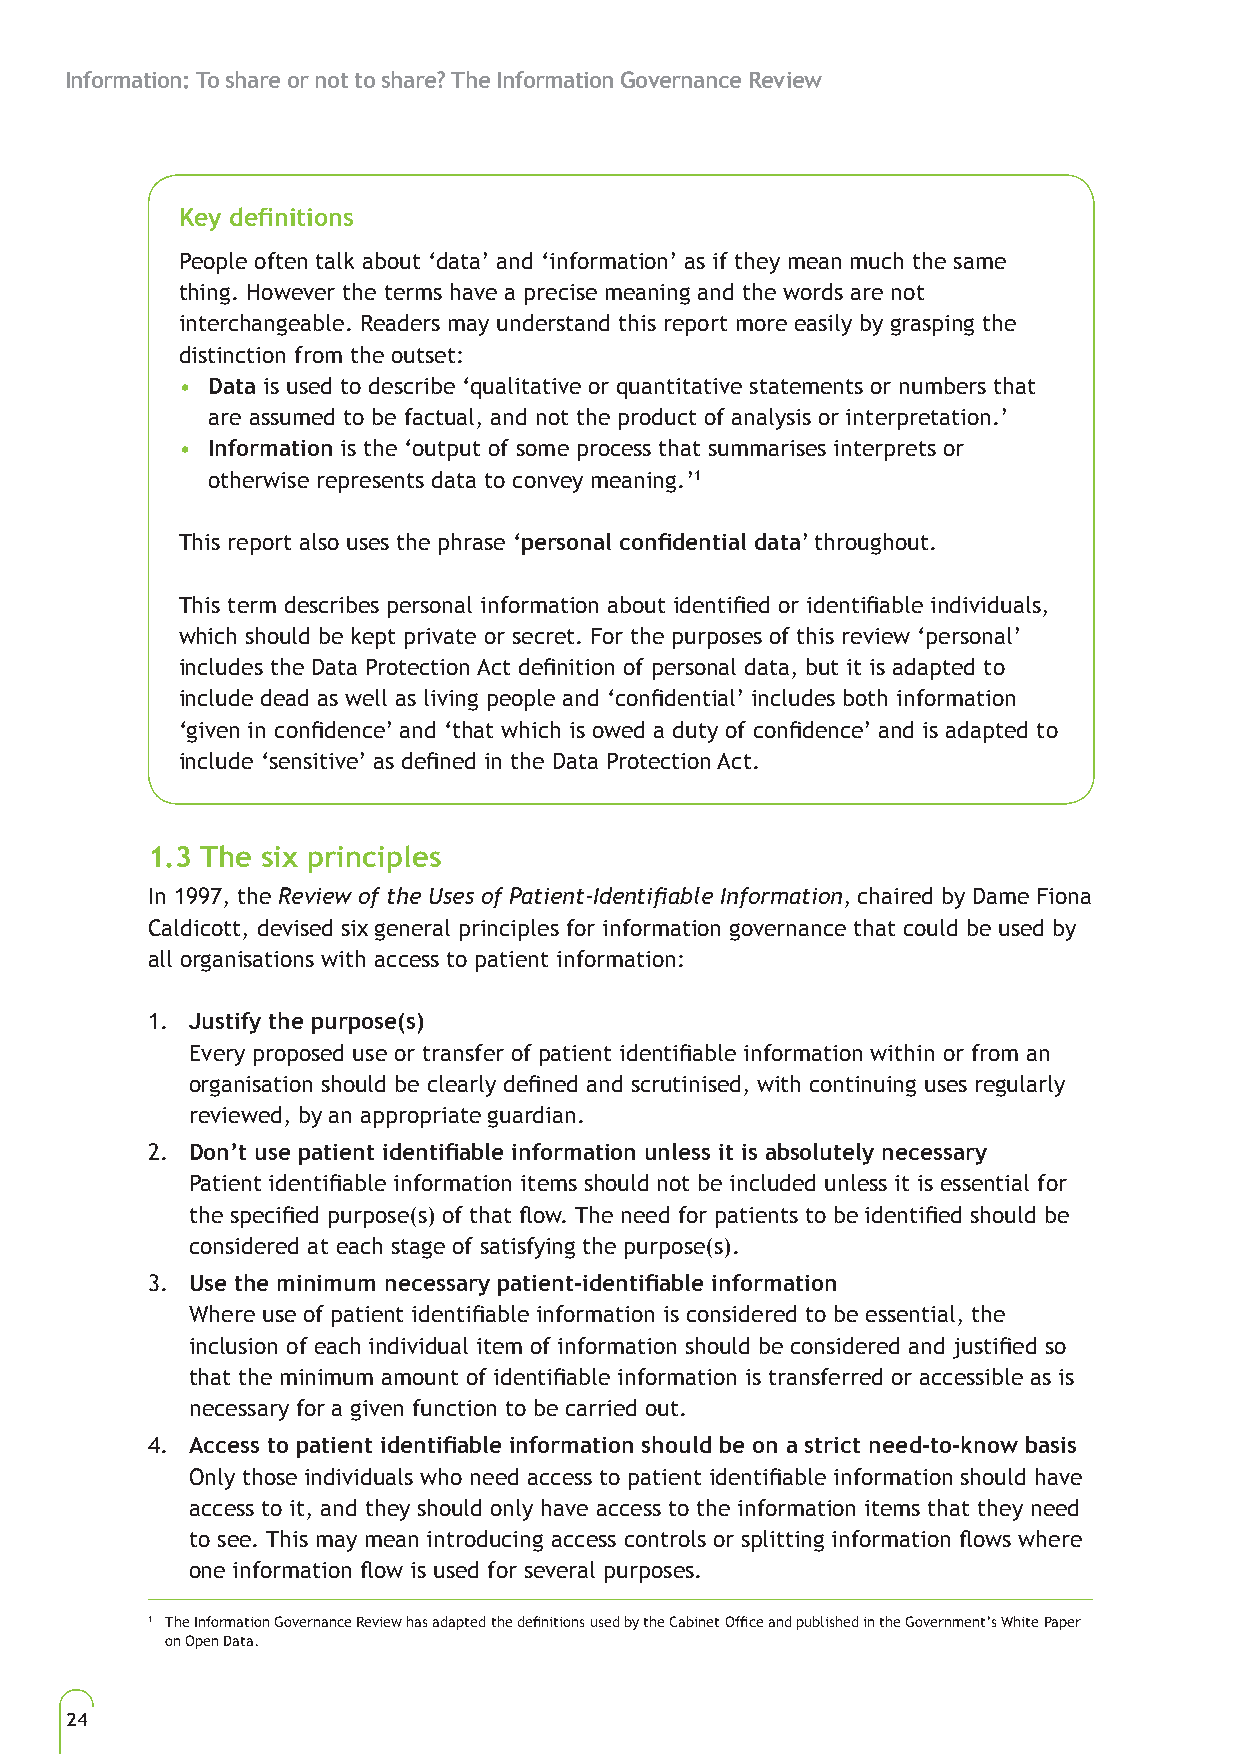
Information: To share or not to share? The Information Governance Review
 Key definitions
 People often talk about ‘data’ and ‘information’ as if they mean much the same
 thing. However the terms have a precise meaning and the words are not
 interchangeable. Readers may understand this report more easily by grasping the
 distinction from the outset:
 • Data is used to describe ‘qualitative or quantitative statements or numbers that
 are assumed to be factual, and not the product of analysis or interpretation.’
 • Information is the ‘output of some process that summarises interprets or
 otherwise represents data to convey meaning.’1
 This report also uses the phrase ‘personal confidential data’ throughout.
 This term describes personal information about identified or identifiable individuals,
 which should be kept private or secret. For the purposes of this review ‘personal’
 includes the Data Protection Act definition of personal data, but it is adapted to
 include dead as well as living people and ‘confidential’ includes both information
 ‘given in confidence’ and ‘that which is owed a duty of confidence’ and is adapted to
 include ‘sensitive’ as defined in the Data Protection Act.
 1.3 The six principles1
 In 1997, the Review of the Uses of Patient-Identifiable Information, chaired by Dame Fiona
 Caldicott, devised six general principles for information governance that could be used by
 all organisations with access to patient information:
 1. Justify the purpose(s)
 Every proposed use or transfer of patient identifiable information within or from an
 organisation should be clearly defined and scrutinised, with continuing uses regularly
 reviewed, by an appropriate guardian.
 2. Don’t use patient identifiable information unless it is absolutely necessary
 Patient identifiable information items should not be included unless it is essential for
 the specified purpose(s) of that flow. The need for patients to be identified should be
 considered at each stage of satisfying the purpose(s).
 3. Use the minimum necessary patient-identifiable information
 Where use of patient identifiable information is considered to be essential, the
 inclusion of each individual item of information should be considered and justified so
 that the minimum amount of identifiable information is transferred or accessible as is
 necessary for a given function to be carried out.
 4. Access to patient identifiable information should be on a strict need-to-know basis
 Only those individuals who need access to patient identifiable information should have
 access to it, and they should only have access to the information items that they need
 to see. This may mean introducing access controls or splitting information flows where
 one information flow is used for several purposes.
 1 The Information Governance Review has adapted the definitions used by the Cabinet Office and published in the Government’s White Paper
 on Open Data.
 24